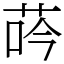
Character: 荶